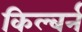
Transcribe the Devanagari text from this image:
किल्बर्न